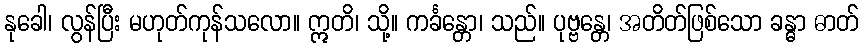
နုခေါ၊ လွန်ပြီး မဟုတ်ကုန်သလော။ ဣတိ၊ သို့။ ကင်္ခန္တော၊ သည်။ ပုဗ္ဗန္တေ၊ အတိတ်ဖြစ်သော ခန္ဓာ ဓာတ်